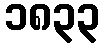
၁၈၃၃